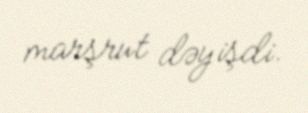
marşrut dəyişdi.